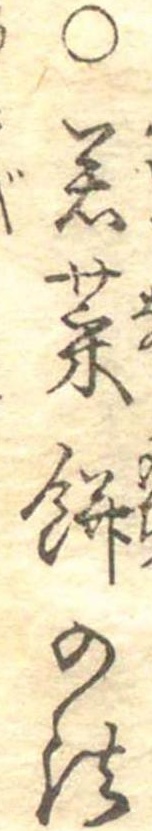
○若菜餅の法